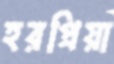
হরপ্রিয়া